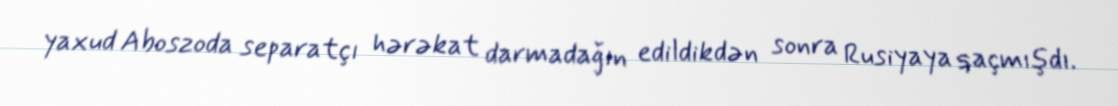
yaxud Aboszoda separatçı hərəkat darmadağın edildikdən sonra Rusiyaya qaçmışdı.